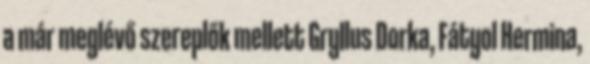
a már meglévő szereplők mellett Gryllus Dorka, Fátyol Hermina,